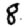
Digit: 8